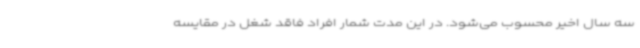
سه سال اخیر محسوب می‌شود. در این مدت شمار افراد فاقد شغل در مقایسه